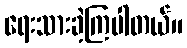
ရေးသားခဲ့ကြပါတယ်။